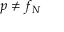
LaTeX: p \neq f _ { N }